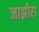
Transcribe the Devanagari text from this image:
जाझीरा